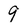
Character: 9